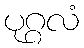
ပုဂ္ဂလံ